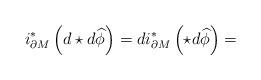
LaTeX: \begin{align*}i^*_{\partial M}\left(d\star d\widehat{\phi}\right)=di^*_{\partial M}\left(\star d\widehat{\phi}\right)=\end{align*}